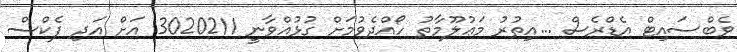
ވެބްސައިޓް އެޑްރެސް ...އިތުރު މަޢުލޫމާތު ހޯއްދެވުމަށް ގުޅުއްވާނީ 3020211 އަށް އަދި ފެކްސް